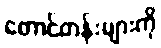
တောင်တန်းများကို